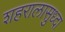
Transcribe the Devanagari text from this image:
शहरालासुध्दा